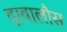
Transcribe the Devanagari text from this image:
दावालौस